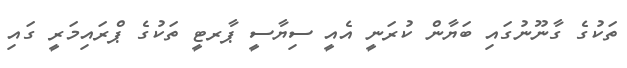
ތަކުގެ ގާނޫނުގައި ބަޔާން ކުރަނީ އެއީ ސިޔާސީ ޕާރޓީ ތަކުގެ ޕްރައިމަރީ ގައި